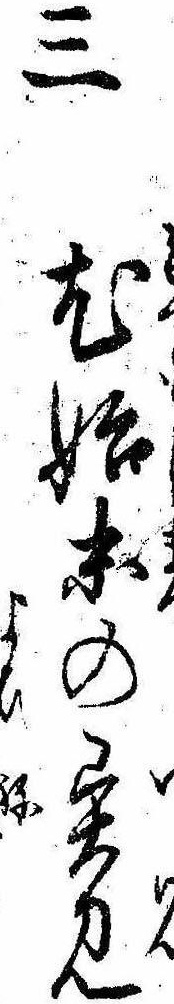
三尤始末の異見